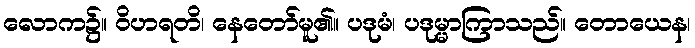
လောက၌။ ဝိဟရတိ၊ နေတော်မူ၏။ ပဒုမံ၊ ပဒုမ္မာကြာသည်။ တောယေန၊